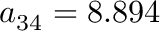
a _ { 3 4 } = 8 . 8 9 4